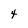
Character: 4